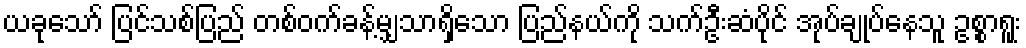
ယခုသော် ပြင်သစ်ပြည် တစ်ဝက်ခန့်မျှသာရှိသော ပြည်နယ်ကို သက်ဦးဆံပိုင် အုပ်ချုပ်နေသူ ဥစ္စာရူး